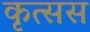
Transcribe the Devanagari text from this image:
कृत्सस